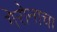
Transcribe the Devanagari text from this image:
गेरोनाचा